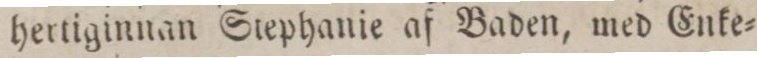
hertiginnan Stephanie af Baden, med Enke=